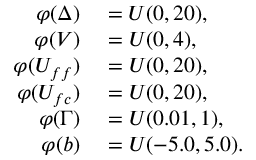
\begin{array} { r l } { \varphi ( \Delta ) } & { { } = U ( 0 , 2 0 ) , } \\ { \varphi ( V ) } & { { } = U ( 0 , 4 ) , } \\ { \varphi ( U _ { f f } ) } & { { } = U ( 0 , 2 0 ) , } \\ { \varphi ( U _ { f c } ) } & { { } = U ( 0 , 2 0 ) , } \\ { \varphi ( \Gamma ) } & { { } = U ( 0 . 0 1 , 1 ) , } \\ { \varphi ( b ) } & { { } = U ( - 5 . 0 , 5 . 0 ) . } \end{array}